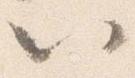
以